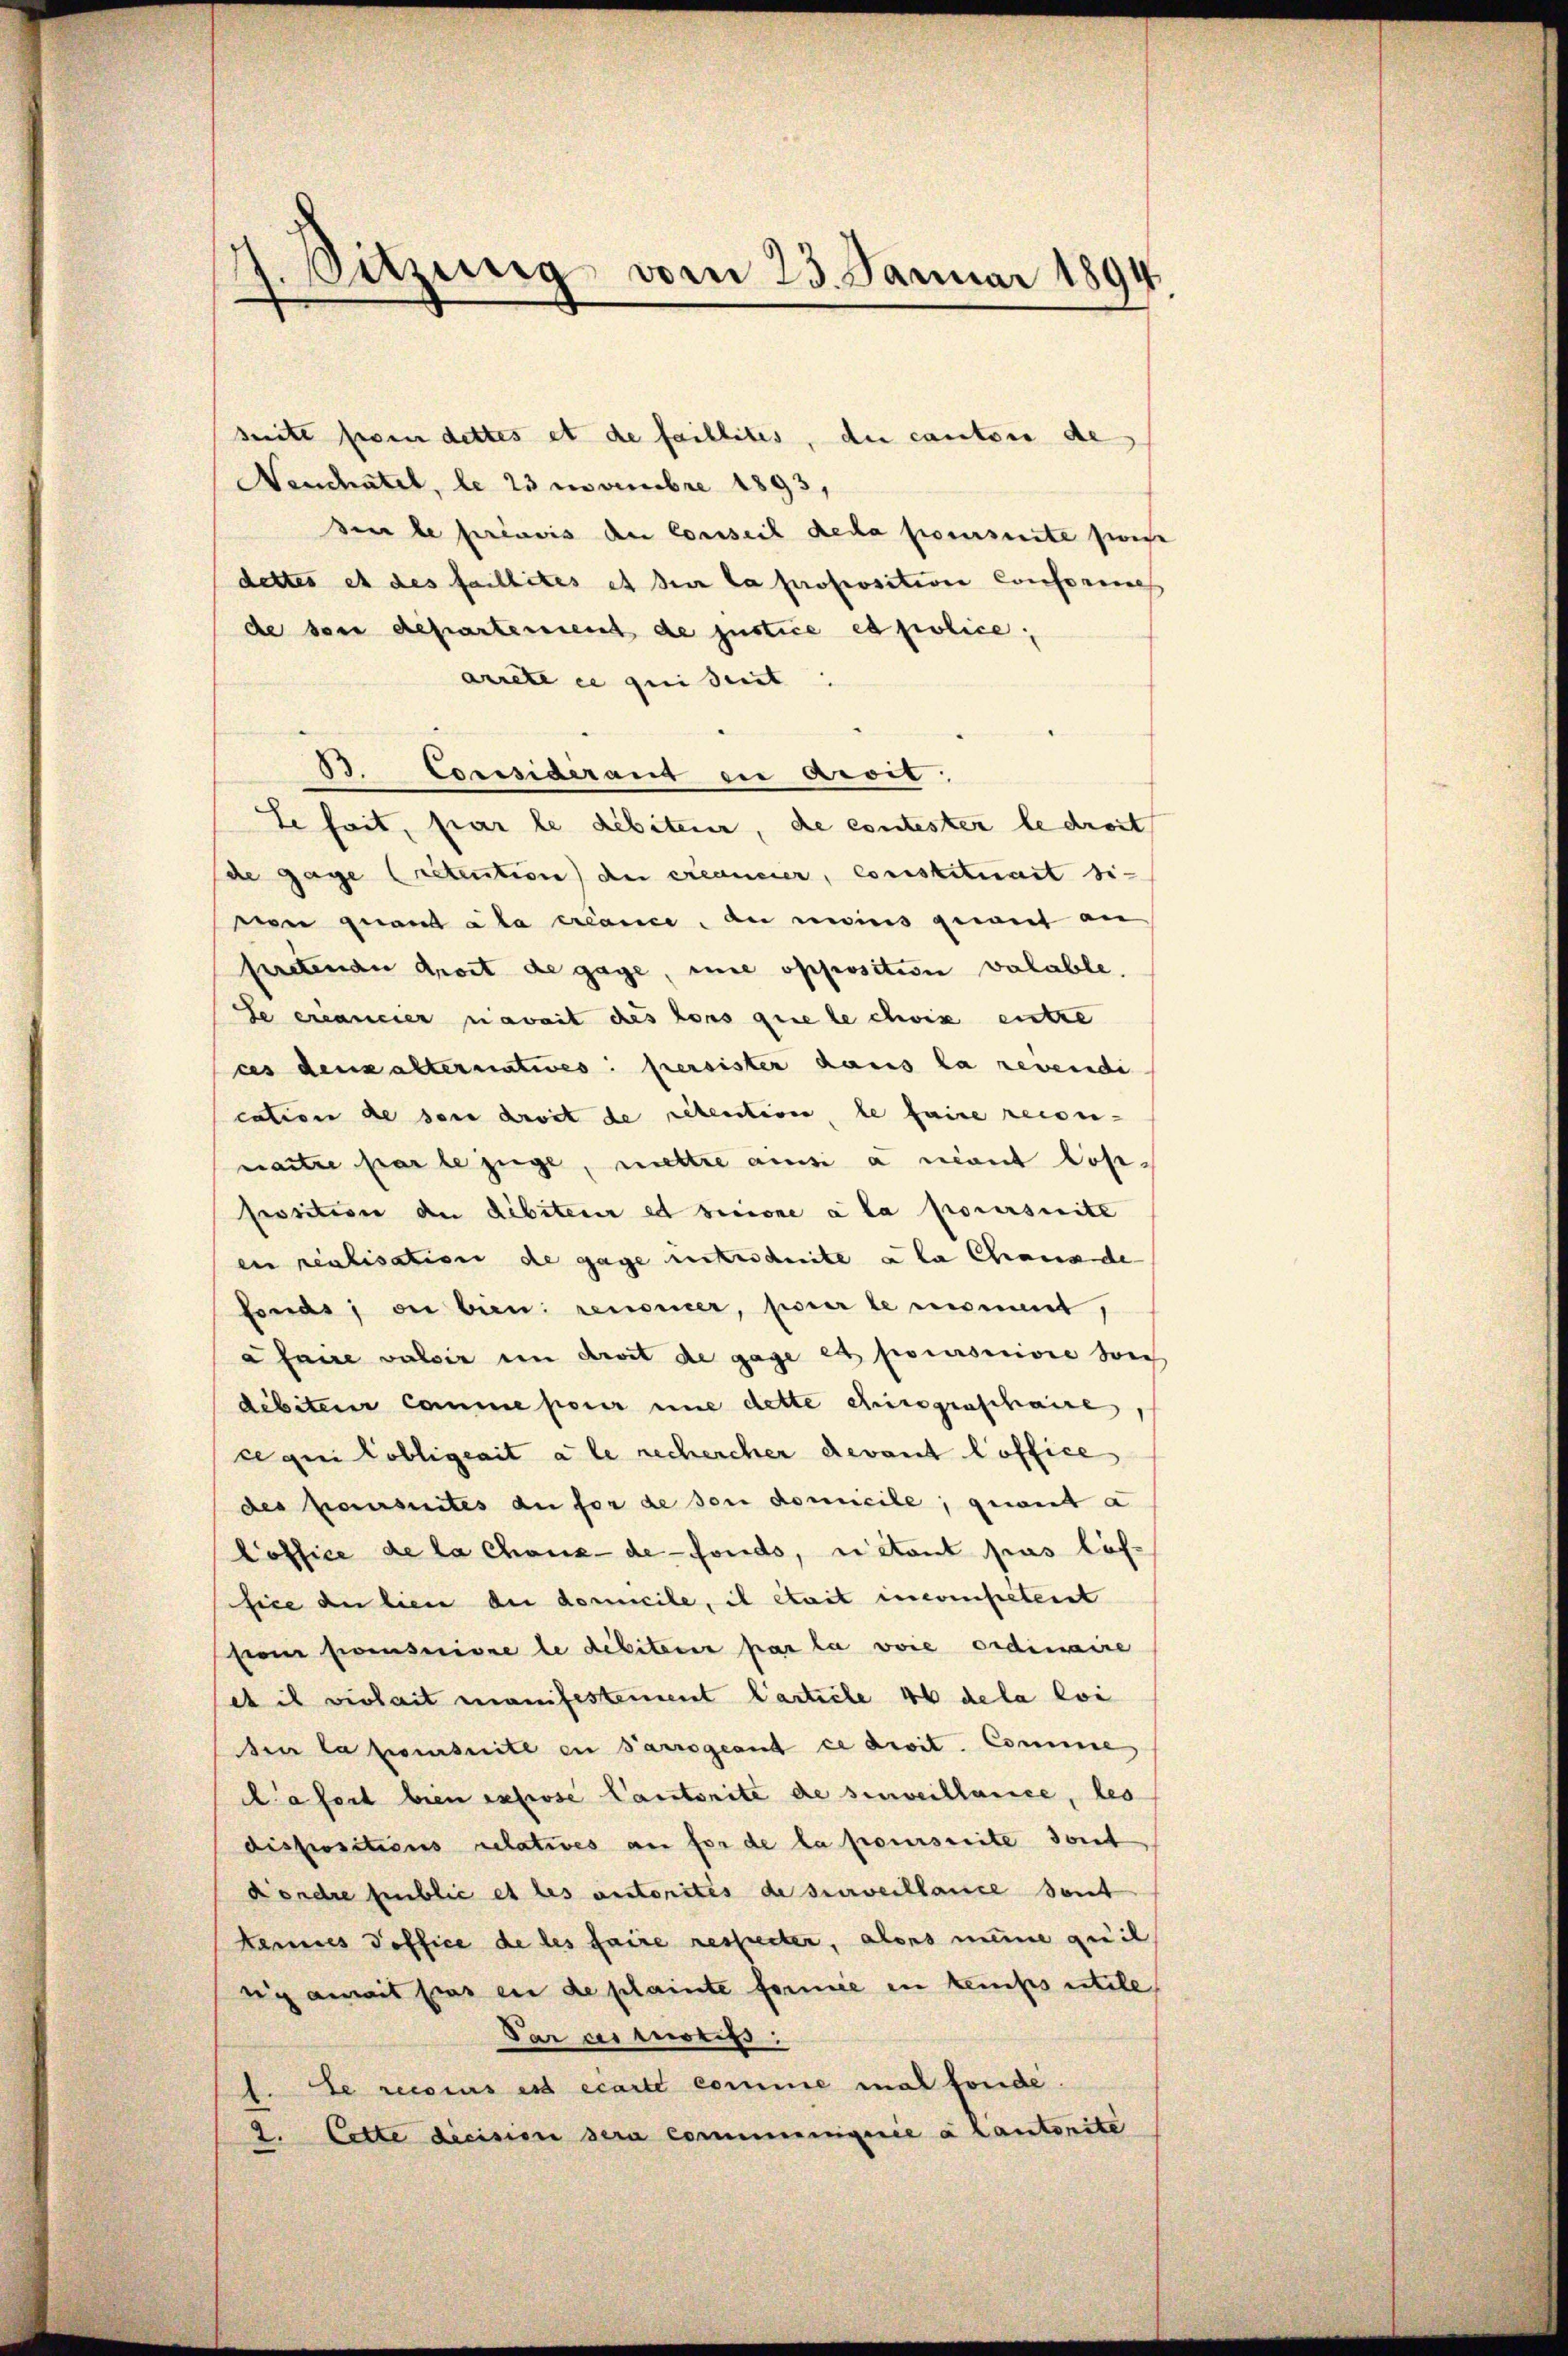
4. Sitzung vom 23. Januar 1894
—

seite soin dettes et de faillites, du cantone de
Neuchatel, le 23 Novembre 1893,
see le préavis den Conseil decha poursuite sie
dettes et des faillites et der la proposition Conformes
de soit departement de justice es police;
arrete ce qui suit:
3. Considerant in Aroit;
Le seit, par le débiteur, de contester le droit
de gage Cretention der créancier, constituiert sivn quant a la créance, au moins geant an
feretende droit de gage, une opposition valable.
Se excancier naweit des tons que le choix entre
ces densalternatives. versister dans la revendi
cation de den droit de retention, le faire recon-
naitre par le juge, mettre ainsi à nant losposition der debiteur et recione a la poursuite
ein realisation de gage unterschnitt a la Chanade
fonds; ou bien renoner, pour le mont,
a faire valoir in droit de gage et poursuivre sic
débiteur comme pour une dette chiregenschaire
ce qui lobligeait a le rechercher devant l’office
des pausentes au for de son domicile, geweit a
Loffice de la Chaux-de-Fonds, ni étant pas los-
fice an lien die domicile, il était incompetent
sione pensuivre le débiteur par la voie ordinaire
et il virhait manifestement Carticle 46 dela loi
Heer la poursuite in Parrogeant ce droit. Comme
La fort bien expose Cantorite de surveillance, les
dispositions relatives an for de la poursuite dont
Kordre public et les autorites de surveillance sent
Kannes Soffice de les faire respecter, alors mine quil
ngg anweit pas en de plainte formee in temps utile
Par des Morits:
1. Le recours est écarte comme mal fonde.
2. Cette dicision sera communiquie a Cantonite